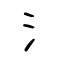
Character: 氵